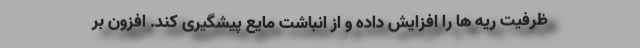
ظرفیت ریه ها را افزایش داده و از انباشت مایع پیشگیری کند. افزون بر